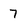
Character: 7